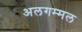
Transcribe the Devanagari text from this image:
अलगम्मल